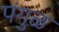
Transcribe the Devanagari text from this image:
पंगुळ